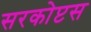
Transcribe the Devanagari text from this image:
सरकोप्टस